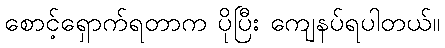
စောင့်ရှောက်ရတာက ပိုပြီး ကျေနပ်ရပါတယ်။